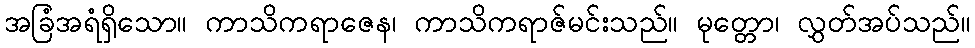
အခြံအရံရှိသော။ ကာသိကရာဇေန၊ ကာသိကရာဇ်မင်းသည်။ မုတ္တော၊ လွှတ်အပ်သည်။